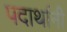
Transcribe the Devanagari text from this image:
पदार्थानी